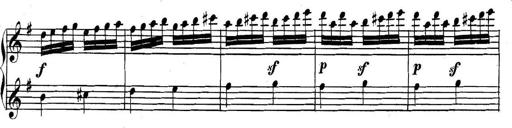
Title: Collected Piano Sonatas
Composer: Muzio Clementi